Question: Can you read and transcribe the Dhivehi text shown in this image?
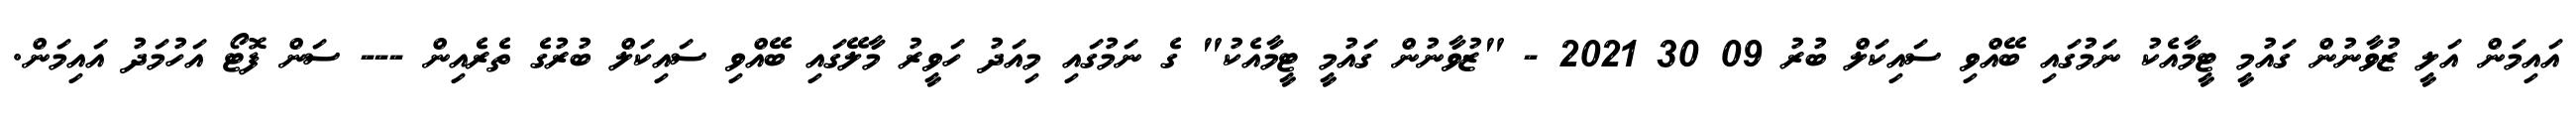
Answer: އައިމަން އަލީ ޒުވާނުން ގައުމީ ޓީމާއެކު ނަމުގައި ބޭއްވި ސައިކަލް ބުރު 09 30 2021 - "ޒުވާނުން ގައުމީ ޓީމާއެކު" ގެ ނަމުގައި މިއަދު ހަވީރު މާލޭގައި ބޭއްވި ސައިކަލް ބުރުގެ ތެރެއިން --- ސަން ފޮޓޯ އަހުމަދު އައިމަން.